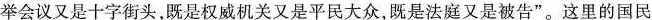
举会议又是十字街头，既是权威机关又是平民大众，既是法庭又是被告”。这里的国民